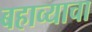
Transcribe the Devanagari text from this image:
बहाव्याचा